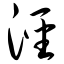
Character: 泾